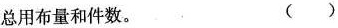
总用布量和件数。 ()